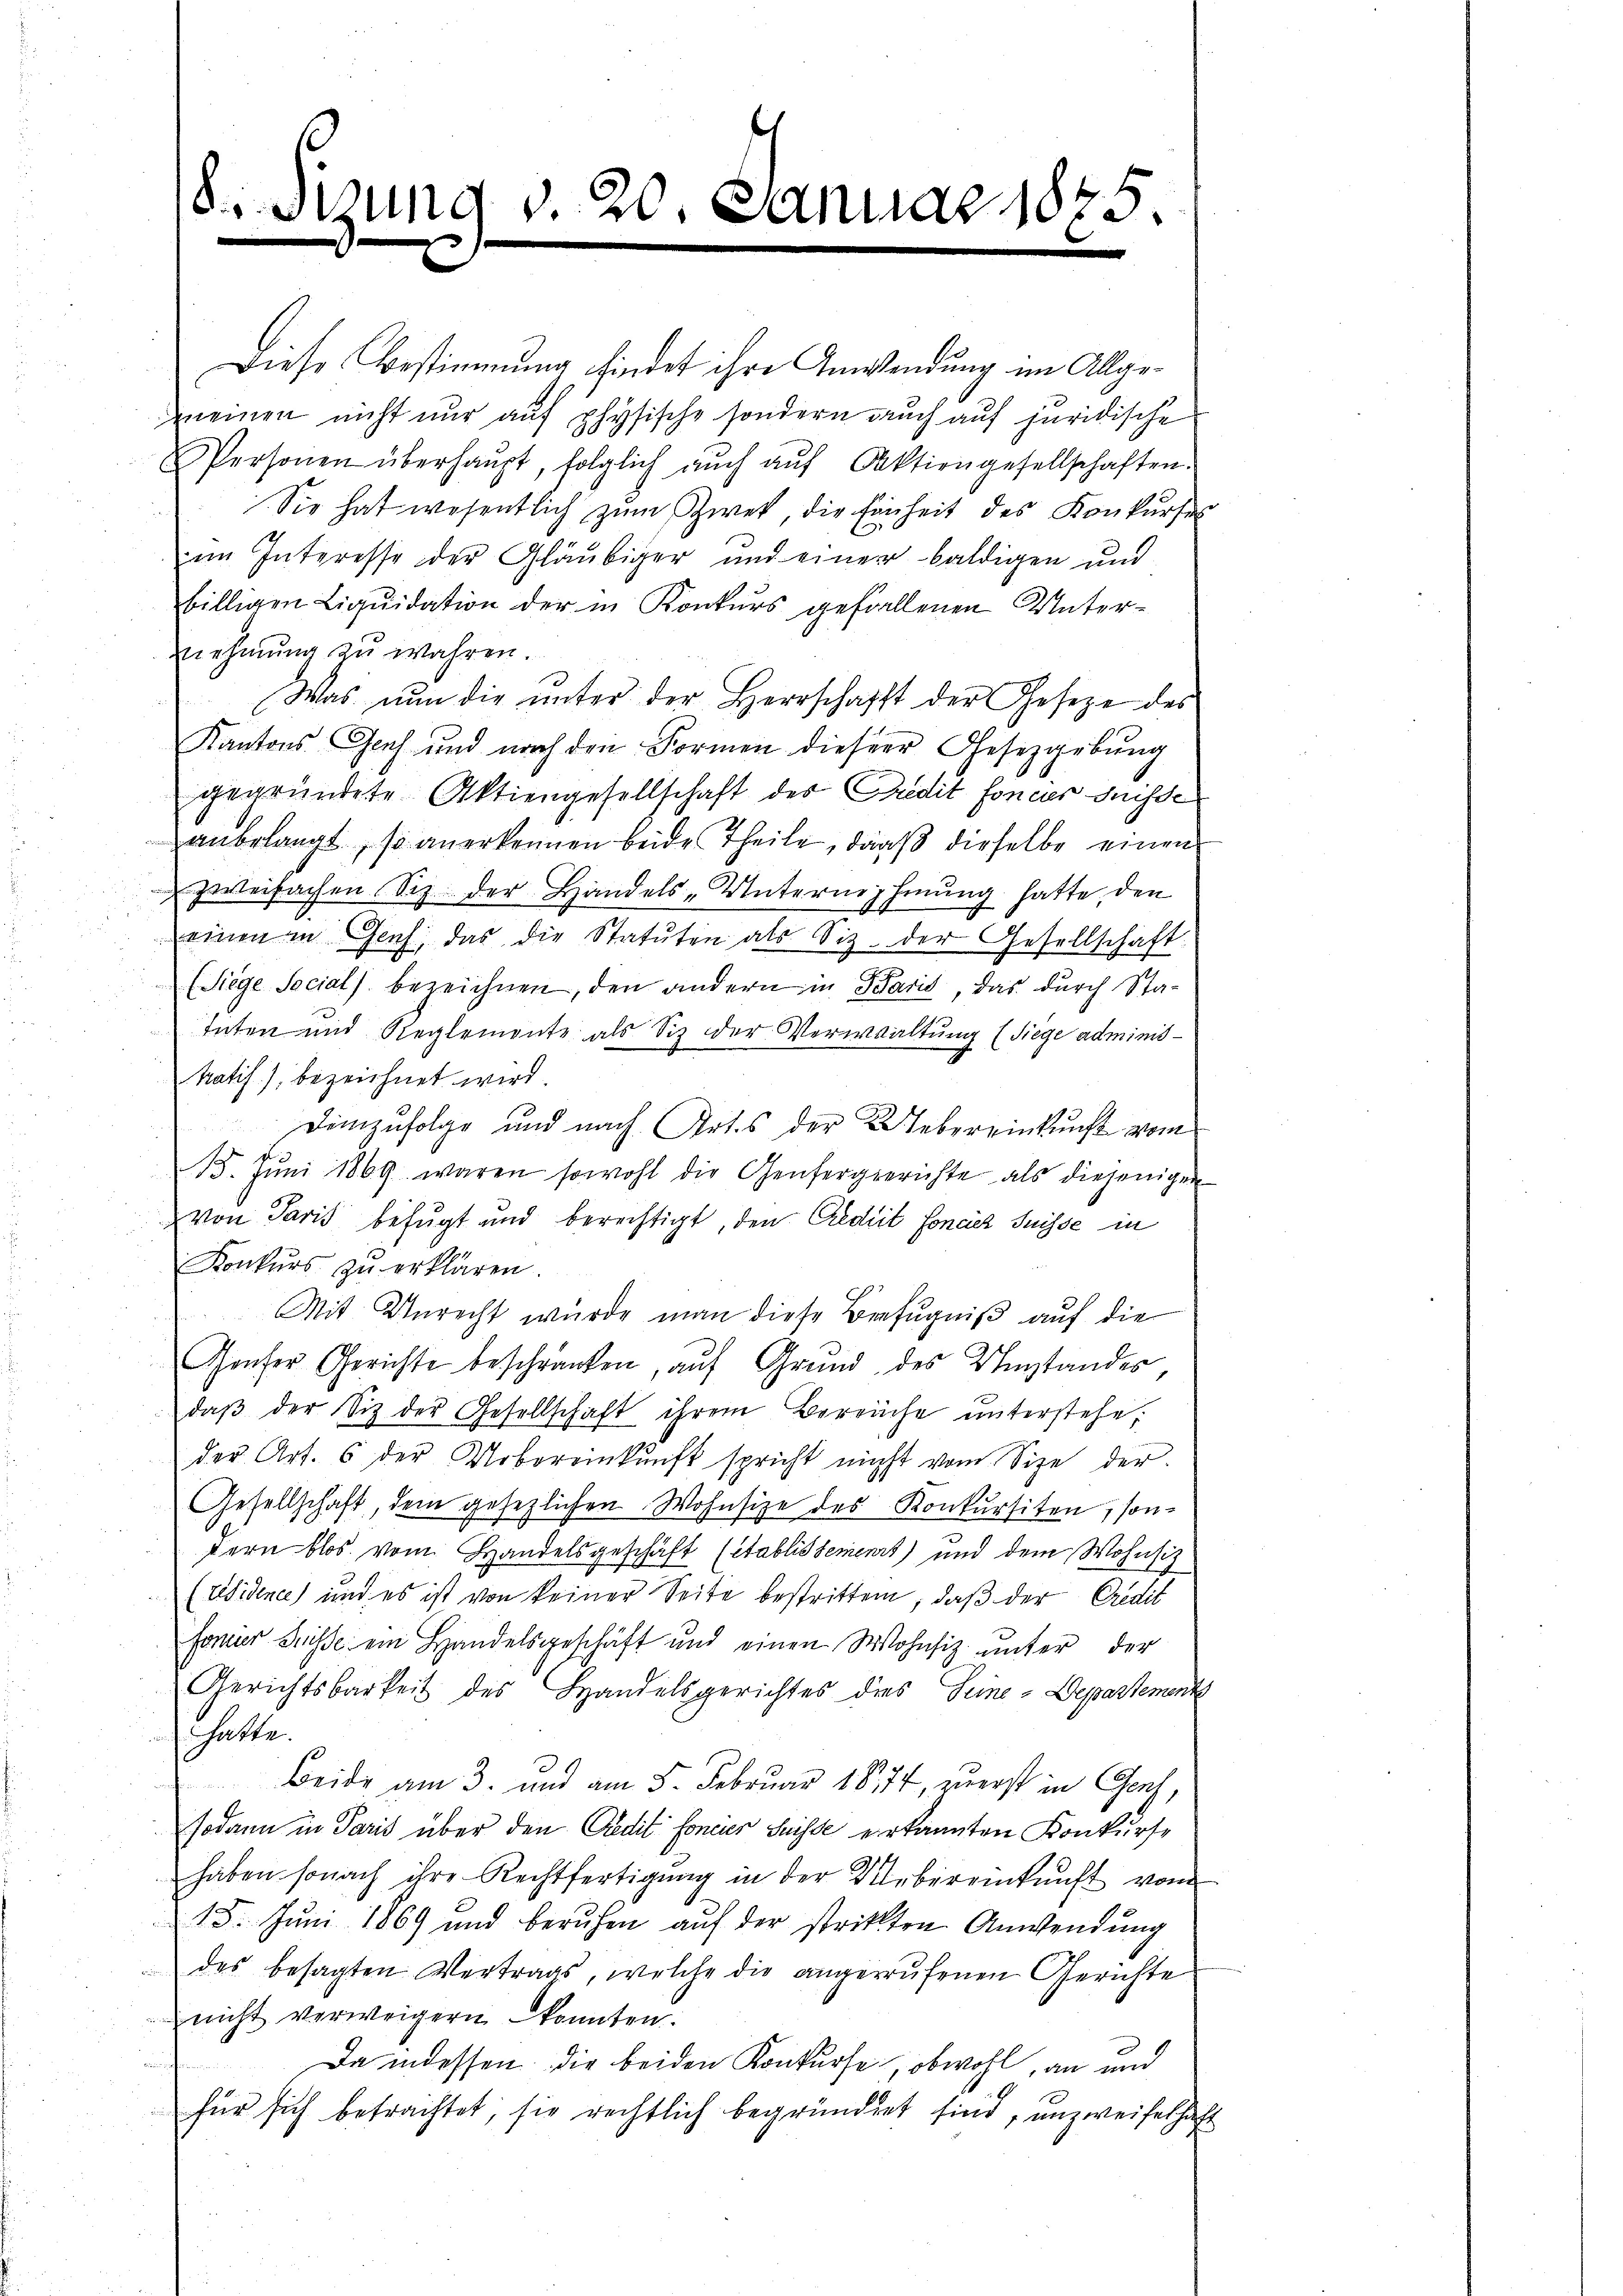
8. Sizung v. 20. Januar 1875
2

Diese Bestimmung findet ihre Anwendung im Allgemeinen nicht nur auf physische sondern auch auf juridische
Personen überhaŭpt, folglich aŭch aŭf Aktiengesellschaften.
Sie hat wesentlich zum Zwet, die Einheit des Konkurses
im Interesse der Gläubiger und einer baldigen und
billigen Liqŭidation der in Konkurs gefallenen Unternehmung zu wahren.
Was nun die unter der Herrschafft der Gesetze des
Kantons Genf und nach den Formen dieser Gesetzgebung
gegründete Aktiengesellschaft des Predit foncier Suisse
anbelangt, so anerkennen beide Theile, daß dieselbe einen
zweifachen Siz der Handels-Unternehmung hatte, den
einen in Genf, das die Statuten als Siz. der Gesellschaft.
(Siege Social bezeichnen, den andern in Paris, das durch Statuten und Reglemente als Siz der Verwaltung (Siege adminis¬
Ratif), bezeichnet wird.
Demzufolge und nach Artes der Uebereinkunft vom
15. Jŭni 1869 waren sowohl die Genfergerichte als diejenigen
von Paris befugt und berechtigt, den Credit fonciez Suisse in
Konkurs zu erklären
Mit Unrecht wurde man diese Befugniß auf die
Genfer Gerichte beschränken, auf Grund des Umstandes
daβ der Siz der Gesellschaft ihrem Bereiche ŭnterstehe,
der Art. 6 der Nobereinkunft spricht nicht vom Size der
Gesellschaft, dem gesetzlichen Wohnsize des Konkursiten, sondern blos vom Handelsgeschäft (etablissement) und dem Wohnsit
(Esidence) und es ist von keiner Seite bestritten, daß der Credit
farner Grüsse ein Handelsgeschäft und einen Wohnsiz ŭnter der
Gerichtsbarkeit des Handelsgerichtes dies eine Departemente
habte
Beide am 3. und am 5. Februar 1854, zuerst in Genf,
sodann in Paris über den Credit foncier Suisse erkannten Konkurse
haben sonach ihre Rechtfertigung in der Uebereinkunft vom
15. Juni 1869 und beruhen auf der stritten Anwendung
des besagten Vertrags, welche die angerufenen Gerichte
nicht verweigern konnten.
Da indessen die beiden Konkurse, obwohl, an und
für sich betrachtet, sie rechtlich begründet sind, unzweifelhaft